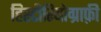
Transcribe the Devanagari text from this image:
हिस्टीरियोग्राफ़ी